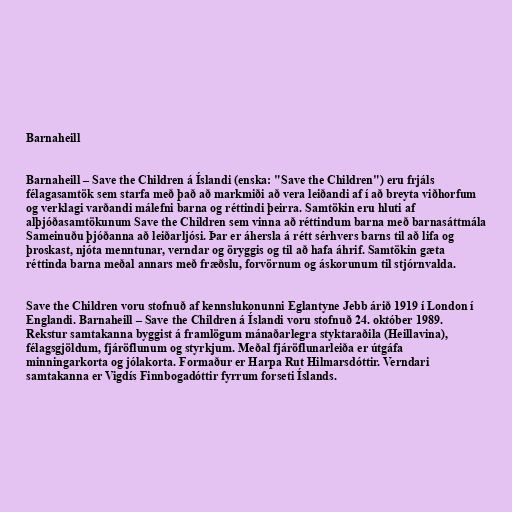
Barnaheill

Barnaheill – Save the Children á Íslandi (enska: "Save the Children") eru frjáls
félagasamtök sem starfa með það að markmiði að vera leiðandi af í að breyta viðhorfum
og verklagi varðandi málefni barna og réttindi þeirra. Samtökin eru hluti af
alþjóðasamtökunum Save the Children sem vinna að réttindum barna með barnasáttmála
Sameinuðu þjóðanna að leiðarljósi. Þar er áhersla á rétt sérhvers barns til að lifa og
þroskast, njóta menntunar, verndar og öryggis og til að hafa áhrif. Samtökin gæta
réttinda barna meðal annars með fræðslu, forvörnum og áskorunum til stjórnvalda.

Save the Children voru stofnuð af kennslukonunni Eglantyne Jebb árið 1919 í London í
Englandi. Barnaheill – Save the Children á Íslandi voru stofnuð 24. október 1989.
Rekstur samtakanna byggist á framlögum mánaðarlegra styktaraðila (Heillavina),
félagsgjöldum, fjáröflunum og styrkjum. Meðal fjáröflunarleiða er útgáfa
minningarkorta og jólakorta. Formaður er Harpa Rut Hilmarsdóttir. Verndari
samtakanna er Vigdís Finnbogadóttir fyrrum forseti Íslands.